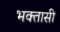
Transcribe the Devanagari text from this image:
भक्तासी